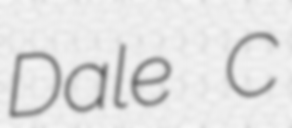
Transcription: Dale C